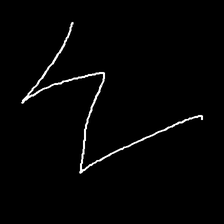
Glyph: crush